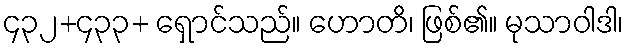
၄၃၂+၄၃၃+ ရှောင်သည်။ ဟောတိ၊ ဖြစ်၏။ မုသာဝါဒါ၊